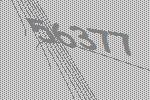
56377